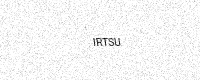
Text: IRTSU